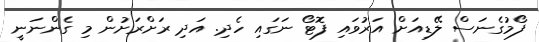
ފޯމުގެނަސް ލޭޑިއަށް އަރުވައި ފޮޓޯ ނަގައި ހެދި. އަދި ރަށްރަށުން މި ގެންނަނީ